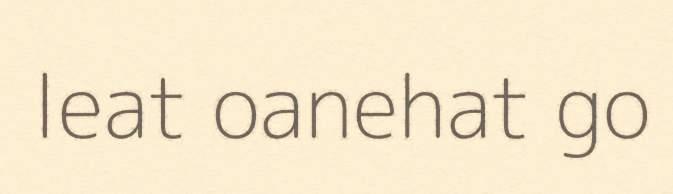
leat oanehat go